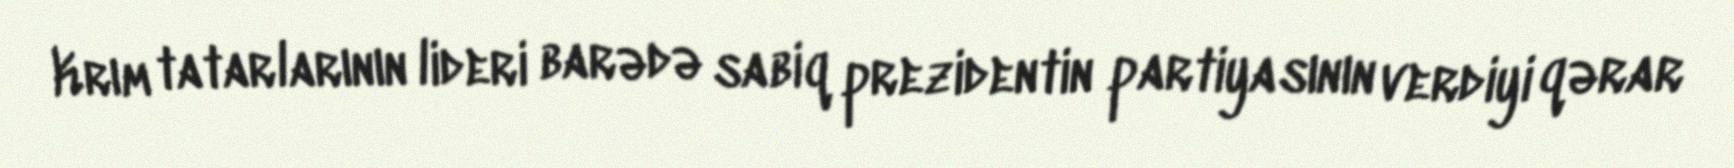
Krım tatarlarının lideri barədə sabiq prezidentin partiyasının verdiyi qərar